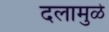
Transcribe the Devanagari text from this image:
दलामुळे